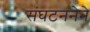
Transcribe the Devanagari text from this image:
संघटननेने